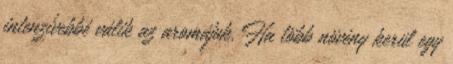
intenzívebbé válik az aromájuk. Ha több növény kerül egy